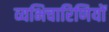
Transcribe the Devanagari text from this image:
व्यभिचारिणियों